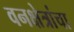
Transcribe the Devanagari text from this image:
वनक्षेत्रांचा